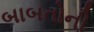
બાબતોની